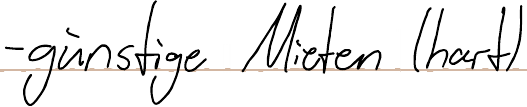
- günstige Mieten (hart)